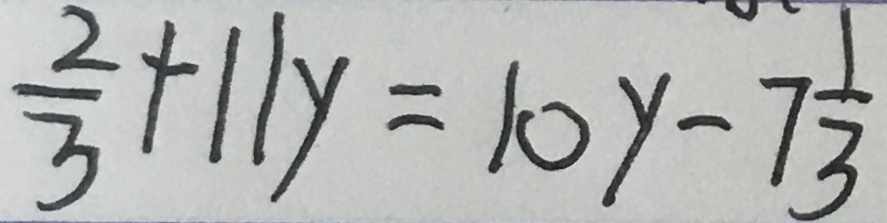
\frac { 2 } { 3 } + 1 1 y = 1 0 y - 7 \frac { 1 } { 3 }